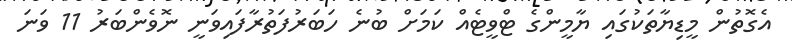
އެގޮތުން މީޑިޔާތަކުގައި ޔާމީންގެ ޓްވީޓެއް ކަމަށް ބުނެ ހަބަރުފަތުރާފައިވަނީ ނޮވެންބަރު 11 ވަނަ